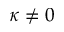
\kappa \ne 0